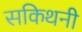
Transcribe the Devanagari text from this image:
सकिथनी